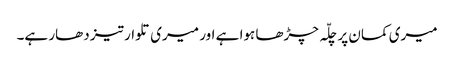
میری کمان پر چلّہ چڑھا ہوا ہے اور میری تلوار تیز دھار ہے۔